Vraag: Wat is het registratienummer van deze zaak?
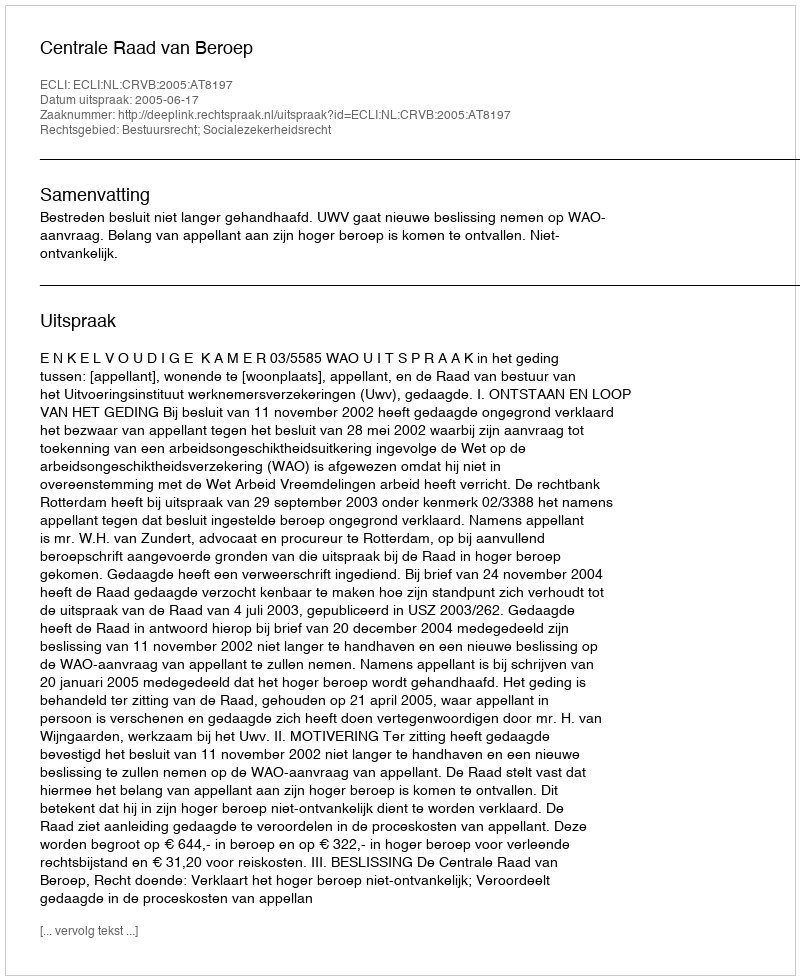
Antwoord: http://deeplink.rechtspraak.nl/uitspraak?id=ECLI:NL:CRVB:2005:AT8197